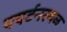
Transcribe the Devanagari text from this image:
पयर्टनस्थळ